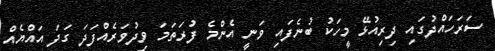
ސަރަހައްދުގައި ދިރިއުޅޭ މީހަކު ބުނެފައި ވަނީ އެންމެ ފުރަތަމަ ވިދުވަރެއްފަދަ ގަދަ އައްޔެއް